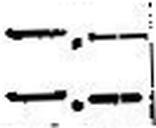
—.—